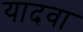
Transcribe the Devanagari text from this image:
यादवा